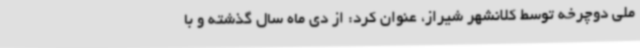
ملی دوچرخه توسط کلانشهر شیراز، عنوان کرد: از دی ماه سال گذشته و با